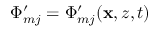
\Phi _ { m j } ^ { \prime } = \Phi _ { m j } ^ { \prime } ( \mathbf { x } , z , t )